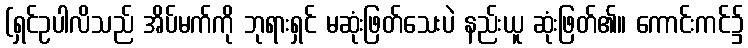
(ရှင်ဥပါလိသည် အိပ်မက်ကို ဘုရားရှင် မဆုံးဖြတ်သေးပဲ နည်းယူ ဆုံးဖြတ်၏။ ကောင်းကင်၌